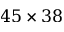
4 5 \times 3 8